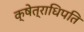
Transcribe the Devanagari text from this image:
क्षेत्राधिपति